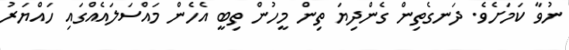
ނުވާ ކަމަށެވެ. ދަނގެތިން ގެންދިޔަ ތިން މީހުން ތިބީ އެހެން މައްސަލައެއްގައި ހައްޔަރު